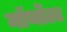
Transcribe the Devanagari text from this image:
नॉर्थोल्ट